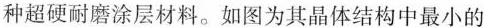
种超硬耐磨涂层材料。如图为其晶体结构中最小的